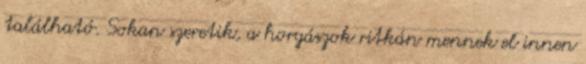
található. Sokan szeretik, a horgászok ritkán mennek el innen